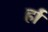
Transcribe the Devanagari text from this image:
र्हा